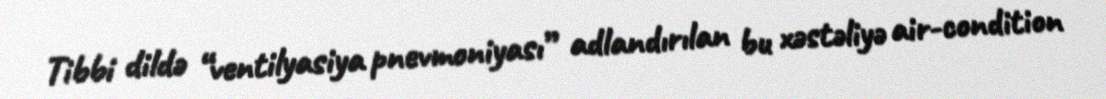
Tibbi dildə “ventilyasiya pnevmoniyası” adlandırılan bu xəstəliyə air-condition